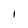
Character: I